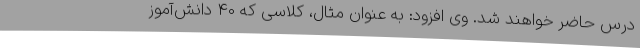
درس حاضر خواهند شد. وی افزود: به عنوان مثال، کلاسی که 40 دانش‌آموز